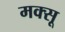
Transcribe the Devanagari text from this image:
मक्सू